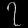
Digit: ၇